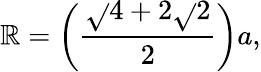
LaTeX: \mathbb{R}=\left({\frac{{\sqrt{}{{4+2{\sqrt{}{{2}}}}}}}{{2}}}\right)a,